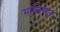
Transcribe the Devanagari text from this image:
मालिक्यूल